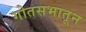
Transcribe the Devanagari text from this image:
गोतसभातून